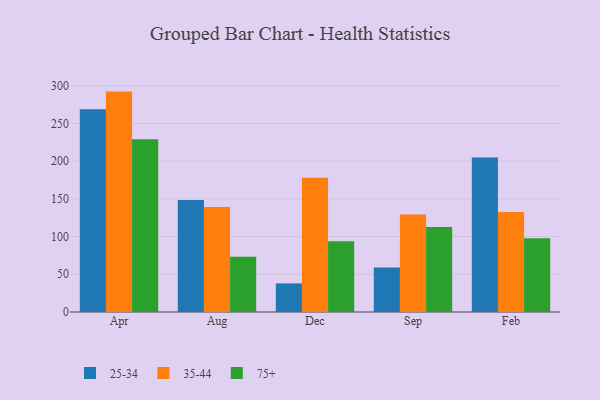
{"axis": {"x": "Month", "y": "Page Views"}, "legend": ["25-34", "35-44", "75+"], "data": [{"x": "Apr", "y": 268.8, "type": "25-34"}, {"x": "Apr", "y": 292.2, "type": "35-44"}, {"x": "Apr", "y": 229.0, "type": "75+"}, {"x": "Aug", "y": 148.6, "type": "25-34"}, {"x": "Aug", "y": 139.3, "type": "35-44"}, {"x": "Aug", "y": 73.1, "type": "75+"}, {"x": "Dec", "y": 37.9, "type": "25-34"}, {"x": "Dec", "y": 178.1, "type": "35-44"}, {"x": "Dec", "y": 93.9, "type": "75+"}, {"x": "Sep", "y": 59.1, "type": "25-34"}, {"x": "Sep", "y": 129.4, "type": "35-44"}, {"x": "Sep", "y": 112.8, "type": "75+"}, {"x": "Feb", "y": 204.9, "type": "25-34"}, {"x": "Feb", "y": 132.7, "type": "35-44"}, {"x": "Feb", "y": 97.7, "type": "75+"}]}